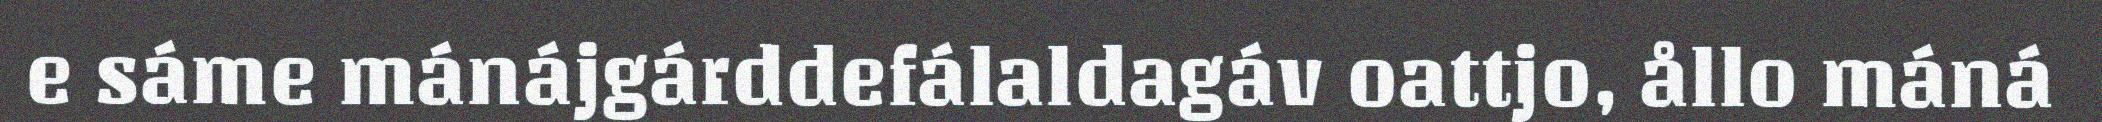
e sáme mánájgárddefálaldagáv oattjo, ållo máná